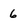
Character: 6